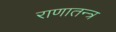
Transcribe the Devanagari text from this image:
राणातन्त्र